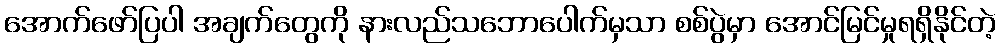
အောက်ဖော်ပြပါ အချက်တွေကို နားလည်သဘောပေါက်မှသာ စစ်ပွဲမှာ အောင်မြင်မှုရရှိနိုင်တဲ့